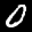
Label: 0